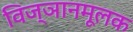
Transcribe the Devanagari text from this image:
विज्ञानमूलक